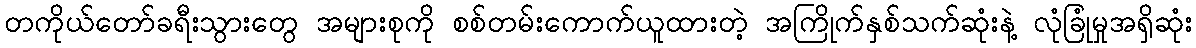
တကိုယ်တော်ခရီးသွားတွေ အများစုကို စစ်တမ်းကောက်ယူထားတဲ့ အကြိုက်နှစ်သက်ဆုံးနဲ့ လုံခြုံမှုအရှိဆုံး